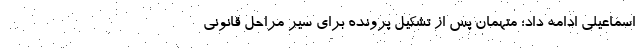
اسماعیلی ادامه داد: متهمان پس از تشکیل پرونده برای سیر مراحل قانونی